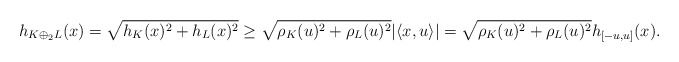
\begin{align*}h_{K\oplus_2L}(x)=\sqrt{h_K(x)^2+h_L(x)^2}\ge \sqrt{\rho_K(u)^2+\rho_L(u)^2}|\langle x,u\rangle|=\sqrt{\rho_K(u)^2+\rho_L(u)^2}h_{[-u,u]}(x).\end{align*}